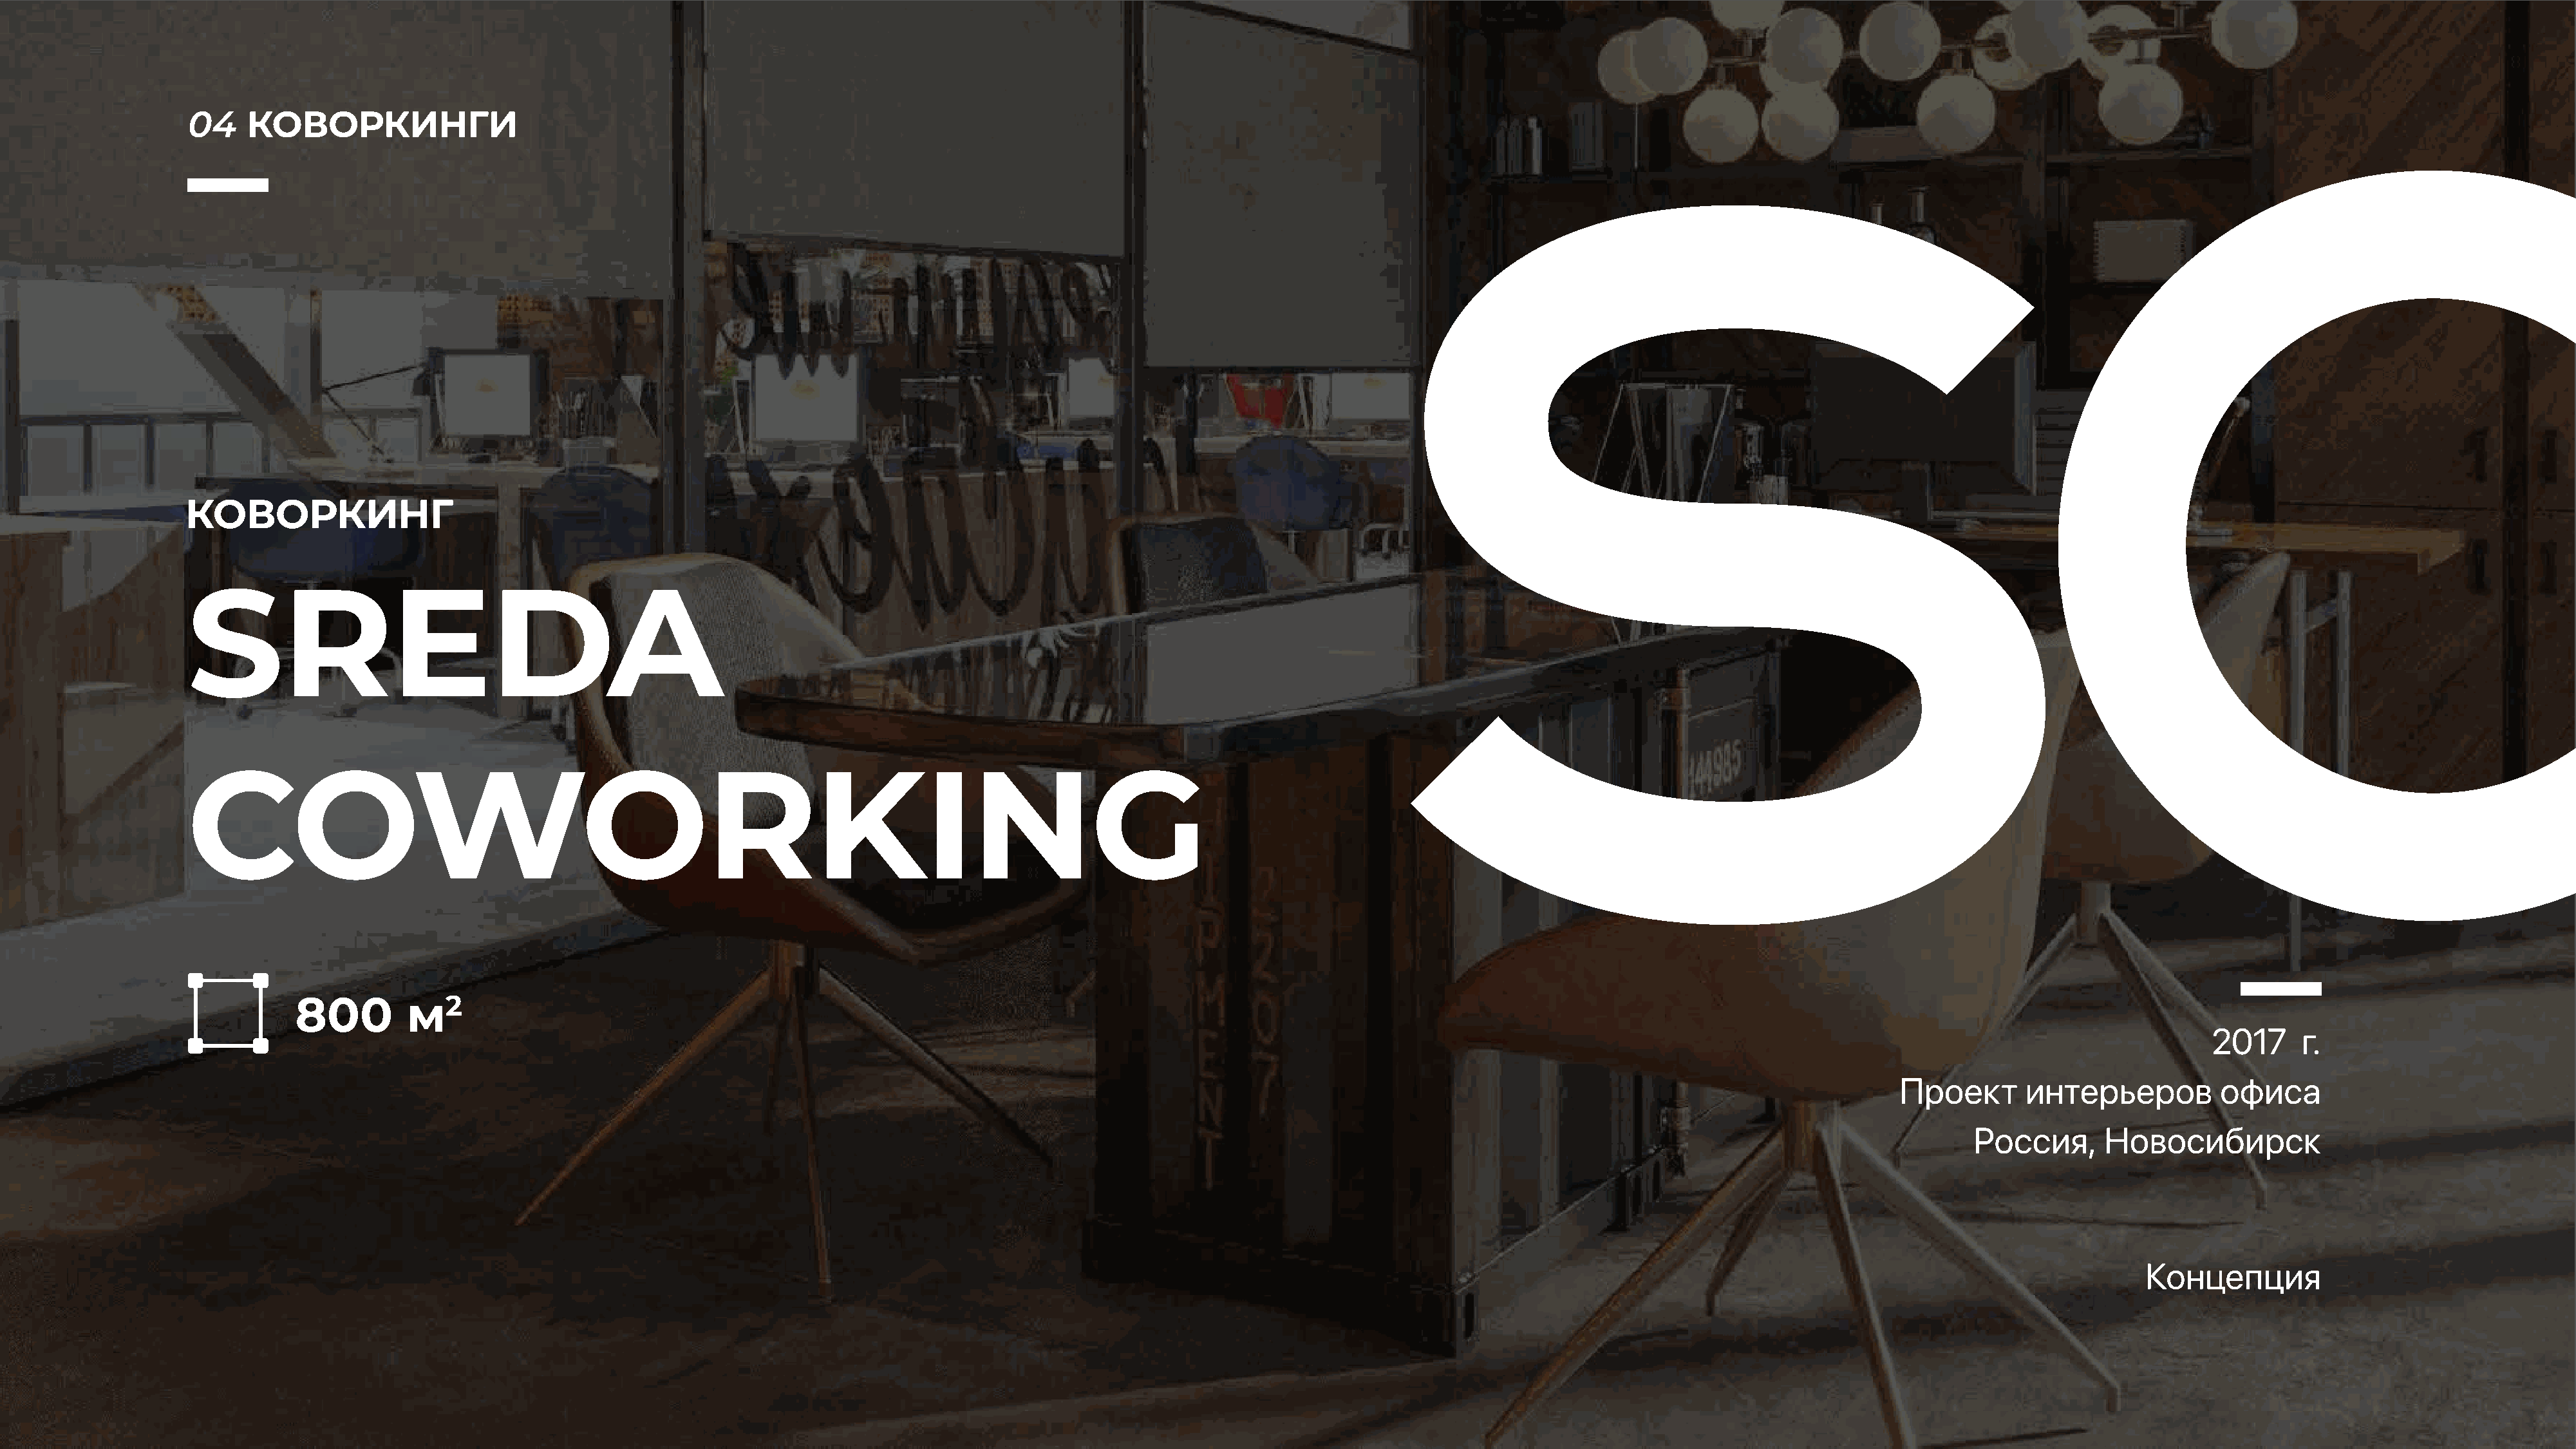
04    КОВОРКИНГИ
 КОВОРКИНГ
 SREDA
 COWORKING
 800         м2
 2017      г.
 Проект       интерьеров          офиса
 Россия,      Новосибирск
 Концепция